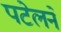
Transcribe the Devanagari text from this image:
पटेलने